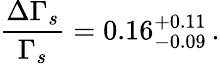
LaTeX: \frac{\Delta\Gamma_{s}}{\Gamma_{s}}=0.16_{-0.09}^{+0.11}\, .